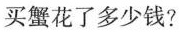
买蟹花了多少钱?